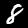
Label: 8